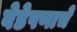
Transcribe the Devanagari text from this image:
वेडेपणाचे